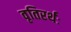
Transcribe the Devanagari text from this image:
वृतिरर्थः